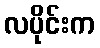
လပိုင်းက